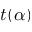
t ( \alpha )